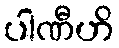
ပါဏီဟိ